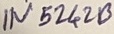
Text: IN5242B